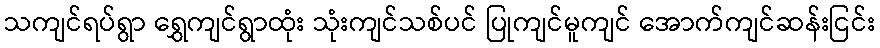
သကျင်ရပ်ရွာ ရွှေကျင်ရွာထုံး သုံးကျင်သစ်ပင် ပြုကျင်မူကျင် အောက်ကျင်ဆန်းငြင်း